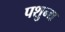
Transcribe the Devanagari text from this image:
पशुन्द्य